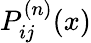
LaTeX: {P}_{ij}^{(n)}(x)